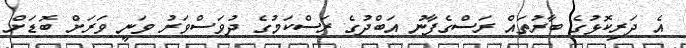
އެ ދަރިކޮޅުގެ ބާރުތައް ރަސްގެފާނު އަބްދުގެ ރަސްކަމުގެ ދުވަސްވަރު ވަނީ ވަރަށް ބޮޑަށް